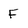
Character: F